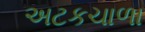
અટકચાળા